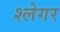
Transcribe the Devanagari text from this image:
श्लेगर